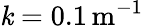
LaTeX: \mathit{k}=0.1\, \mathrm{{m^{-1}}}